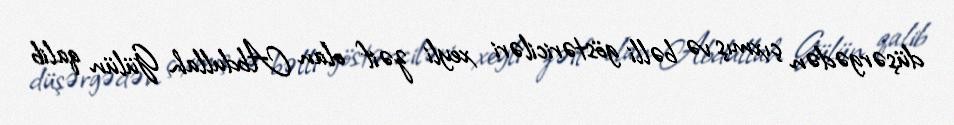
düşərgədən çıxmış və bəlli göstəriciləri xeyli zəif olan Abdullah Gülün qalib